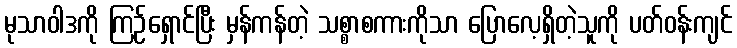
မုသာဝါဒကို ကြဉ်ရှောင်ပြီး မှန်ကန်တဲ့ သစ္စာစကားကိုသာ ပြောလေ့ရှိတဲ့သူကို ပတ်ဝန်းကျင်